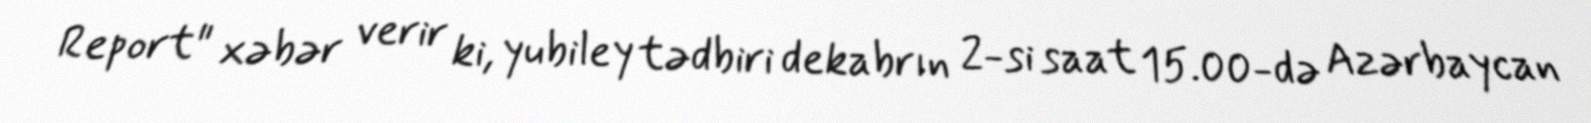
Report" xəbər verir ki, yubiley tədbiri dekabrın 2-si saat 15.00-də Azərbaycan